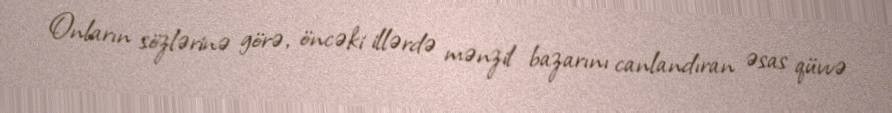
Onların sözlərinə görə, öncəki illərdə mənzil bazarını canlandıran əsas qüvvə